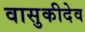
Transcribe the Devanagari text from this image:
वासुकीदेव